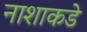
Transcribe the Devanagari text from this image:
नाशाकडे